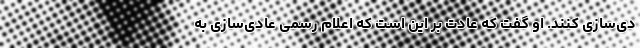
دی‌سازی کنند. او گفت که عادت بر این است که اعلام رسمی عادی‌سازی به